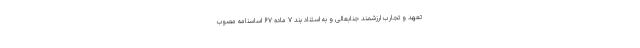
تعهد و تجارب ارزشمند جنابعالی و به استناد بند ۷ ماده ۶۷ اساسنامه مصوب